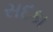
સદકા